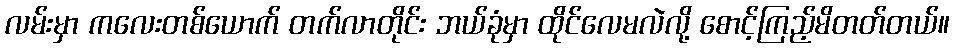
လမ်းမှာ ကလေးတစ်ယောက် တက်လာတိုင်း ဘယ်ခုံမှာ ထိုင်လေမလဲလို့ စောင့်ကြည့်မိတတ်တယ်။